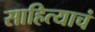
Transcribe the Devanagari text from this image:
साहित्याचं